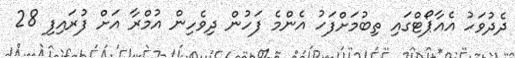
ދެދުވަހު އެއާޕޯޓްގައި ތިބުމަށްފަހު އެންމެ ފަހުން ދިވެހިން އުމްރާ އަށް ފުރައިފި 28